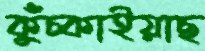
কুঁচ্‌কাইয়াছ